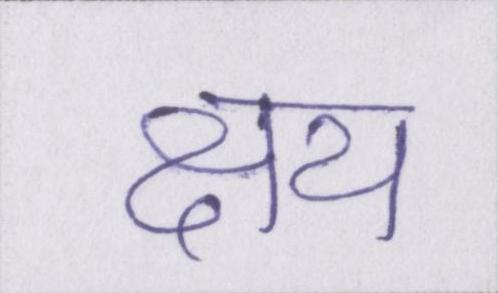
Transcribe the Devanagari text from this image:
क्षय